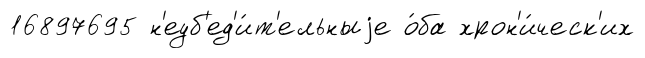
16897695 н'еуб'ед'и́т'ельныjе о́ба хрон'и́ческ'их